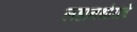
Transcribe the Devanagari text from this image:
लहानथोरांचे